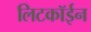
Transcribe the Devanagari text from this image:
लिटकॉईन